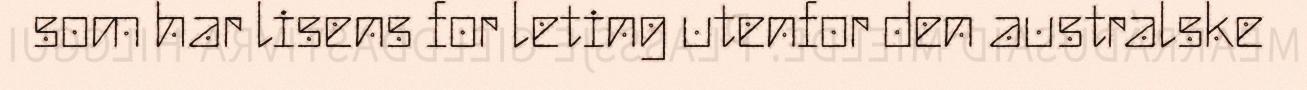
som har lisens for leting utenfor den australske